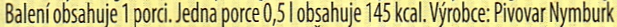
Baleni obsahuie 1 porci. Jedna porce 0.5 I obsahuje 145 kcal, Vyrobce: Pivovar Nymburk